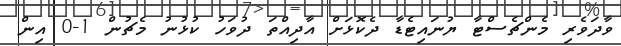
ވާދަވެރި މެންޗެސްޓާ ޔުނައިޓެޑާ ދެކޮޅަށް އާދިއްތަ ދުވަހު ކުޅުނު މެޗުން 1-0 އިން